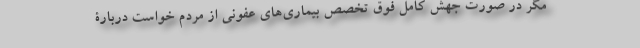
مگر در صورت جهش کامل فوق تخصص بیماری‌های عفونی از مردم خواست دربارۀ